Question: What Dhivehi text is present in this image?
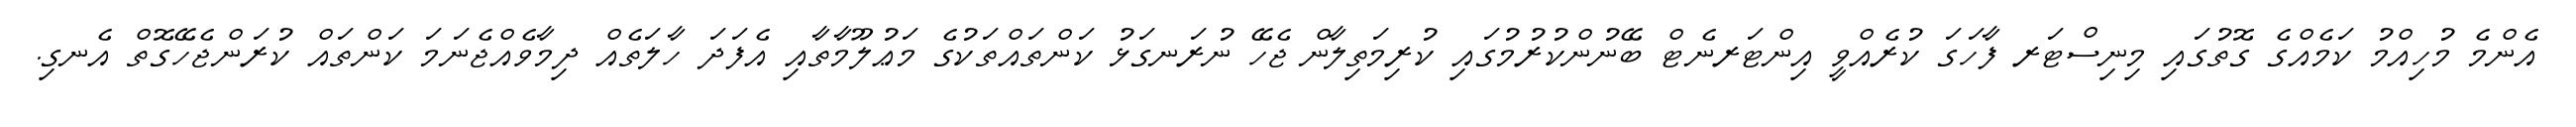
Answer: އެންމެ މުހިއްމު ކަމެއްގެ ގޮތުގައި މިނިސްޓަރ ފާހަގަ ކުރެއްވީ އިންޓަރނެޓް ބޭނުންކުރުމުގައި ކުރިމަތިލާން ޖެހޭ ނުރަނގަޅު ކަންތައްތަކުގެ މަޢުލޫމާތާއި އެފަދަ ހާލަތެއް ދިމާވެއްޖެނަމަ ކަންތައް ކުރަންޖެހޭގޮތް އެނގި.